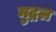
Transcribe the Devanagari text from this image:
मुद्रल